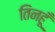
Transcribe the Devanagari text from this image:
तिनहूँ